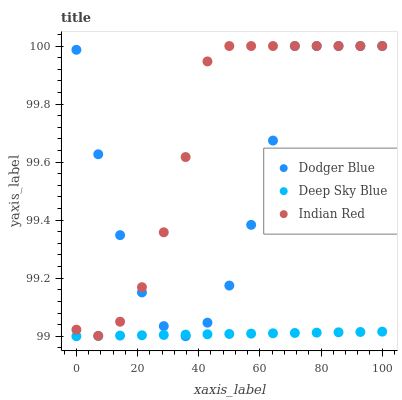
| xaxis_label | Dodger Blue | Deep Sky Blue | Indian Red |
 | --- | --- | --- | --- |
 | 0 | 100 | 99 | 99 |
 | 7.14 | 99.6 | 99 | 99 |
 | 14.3 | 99.3 | 99 | 99.1 |
 | 21.4 | 99.2 | 99 | 99.2 |
 | 28.6 | 99 | 99 | 99.4 |
 | 35.7 | 99 | 99 | 99.6 |
 | 42.9 | 99 | 99 | 99.9 |
 | 50 | 99.2 | 99 | 100 |
 | 57.1 | 99.4 | 99 | 100 |
 | 64.3 | 99.7 | 99 | 100 |
 | 71.4 | 100 | 99 | 100 |
 | 78.6 | 100 | 99 | 100 |
 | 85.7 | 100 | 99 | 100 |
 | 92.9 | 100 | 99 | 100 |
 | 100 | 100 | 99 | 100 |